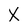
Character: X